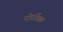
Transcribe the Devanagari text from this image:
पोर्टोबल